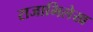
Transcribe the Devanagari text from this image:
राजाभिलेख